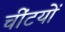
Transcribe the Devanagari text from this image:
चींटयों